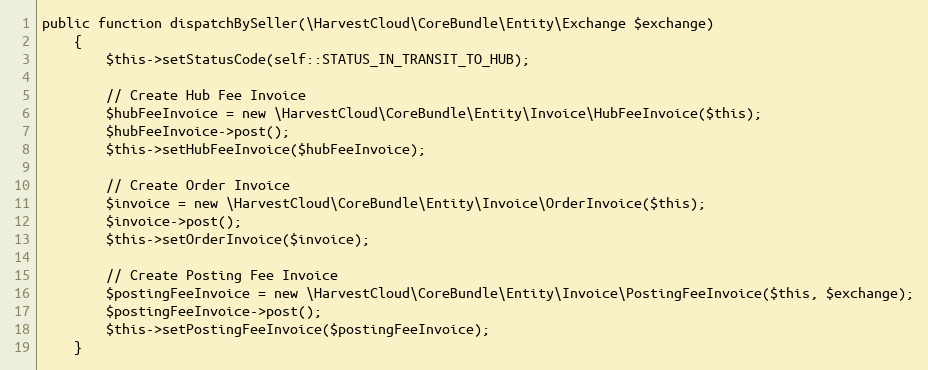
Language: PHP
public function dispatchBySeller(\HarvestCloud\CoreBundle\Entity\Exchange $exchange)
    {
        $this->setStatusCode(self::STATUS_IN_TRANSIT_TO_HUB);

        // Create Hub Fee Invoice
        $hubFeeInvoice = new \HarvestCloud\CoreBundle\Entity\Invoice\HubFeeInvoice($this);
        $hubFeeInvoice->post();
        $this->setHubFeeInvoice($hubFeeInvoice);

        // Create Order Invoice
        $invoice = new \HarvestCloud\CoreBundle\Entity\Invoice\OrderInvoice($this);
        $invoice->post();
        $this->setOrderInvoice($invoice);

        // Create Posting Fee Invoice
        $postingFeeInvoice = new \HarvestCloud\CoreBundle\Entity\Invoice\PostingFeeInvoice($this, $exchange);
        $postingFeeInvoice->post();
        $this->setPostingFeeInvoice($postingFeeInvoice);
    }